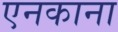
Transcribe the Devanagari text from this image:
एनकाना